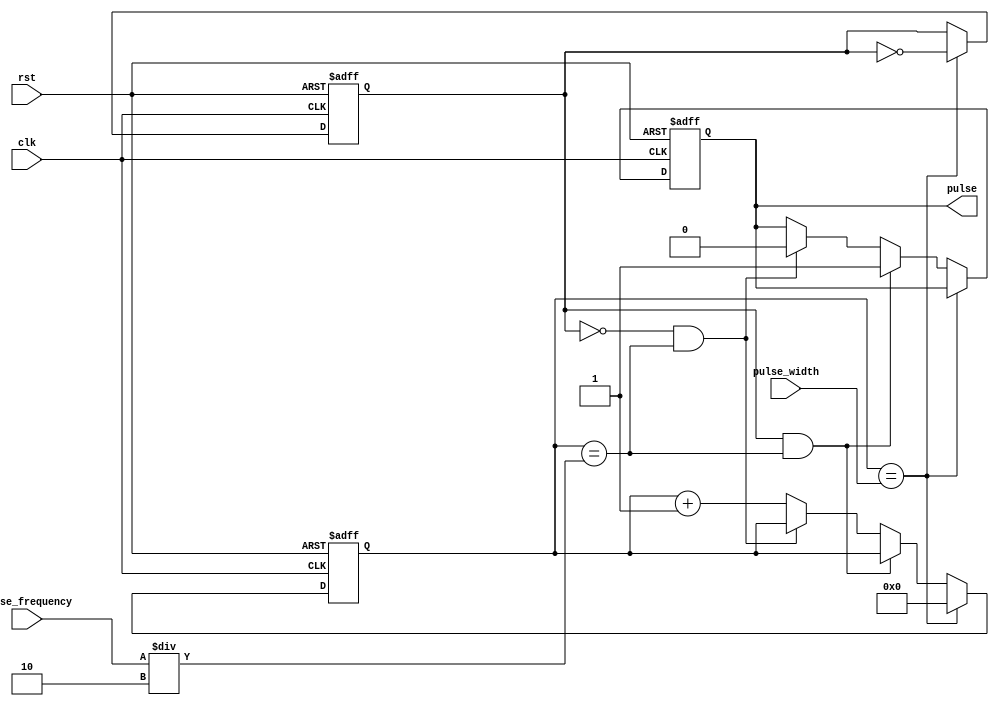
module PulseGenerator (
    input wire clk,
    input wire rst,
    input wire [15:0] pulse_width,
    input wire [15:0] pulse_frequency,
    output reg pulse
);

reg [15:0] counter;
reg pulse_state;

always @(posedge clk or posedge rst) begin
    if (rst) begin
        counter <= 0;
        pulse_state <= 0;
        pulse <= 0;
    end else begin
        if (counter == pulse_width) begin
            pulse_state <= ~pulse_state;
            counter <= 0;
        end else if (pulse_state && (counter == (pulse_frequency / 2))) begin
            pulse <= 1;
        end else if (!pulse_state && (counter == (pulse_frequency / 2))) begin
            pulse <= 0;
        end else begin
            counter <= counter + 1;
        end
    end
end

endmodule